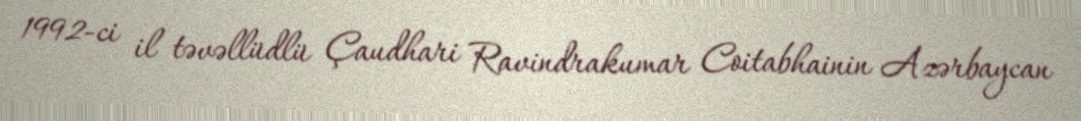
1992-ci il təvəllüdlü Çaudhari Ravindrakumar Coitabhainin Azərbaycan